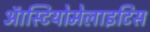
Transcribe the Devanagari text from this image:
ऑस्टियोमेलाइटिस